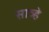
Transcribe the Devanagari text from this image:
साञ्हे